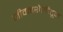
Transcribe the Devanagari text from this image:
जीवनशैलीतून